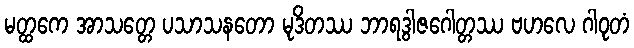
မတ္ထကေ အာသတ္တေ ပသာသနတော မုဒိတဿ ဘာရဒွါဇဂေါတ္တဿ ဗဟလေ ဂါဝုတံ